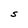
Character: S